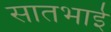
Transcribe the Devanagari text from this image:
सातभाई